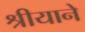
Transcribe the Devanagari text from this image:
श्रीयाने